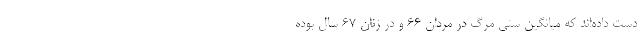
دست داده‌اند که میانگین سنی مرگ در مردان ۶۶ و در زنان ۶۷ سال بوده